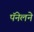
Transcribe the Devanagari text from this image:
पॅनेलने